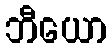
ဘီယော